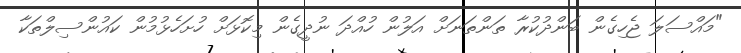
"މައްސަލަ ޖެހިގެން ބަންދުކުރާ ތަންތަނަށް އަލުން ހުއްދަ ނުދީގެން މިކޮޅަށް ހުށަހެޅުމުން ކައުންސިލްތަކާ